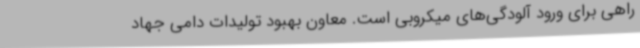
راهی برای ورود آلودگی‌های میکروبی است. معاون بهبود تولیدات دامی جهاد